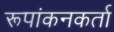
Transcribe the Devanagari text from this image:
रूपांकनकर्ता